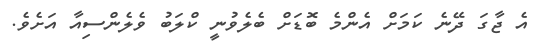
އެ ޖާގަ ދޭނެ ކަމަށް އެންމެ ބޮޑަށް ބެލެވުނީ ކްލަބު ވެލެންސިއާ އަށެވެ.